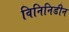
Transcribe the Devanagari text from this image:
विनिनिडीन